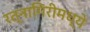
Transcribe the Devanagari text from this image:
रत्नागिरीमध्ये